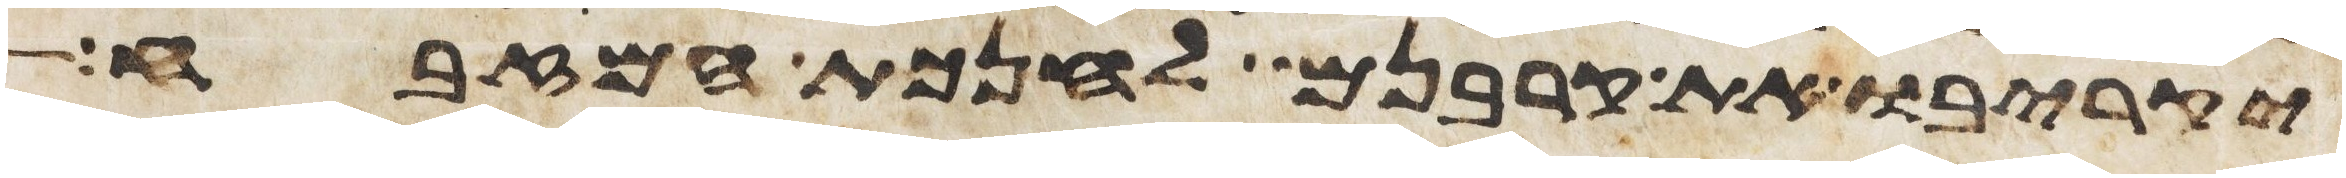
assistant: יקריבו את קרבנם לחנכת המזבח